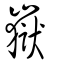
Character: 嶽